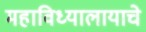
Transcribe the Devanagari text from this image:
महाविध्यालायाचे